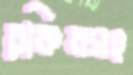
রকিবসহ